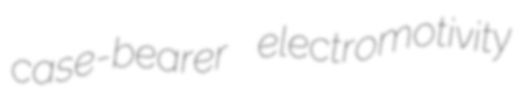
case-bearer electromotivity